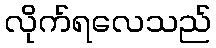
လိုက်ရလေသည်